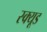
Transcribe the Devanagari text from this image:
स्क्यूड